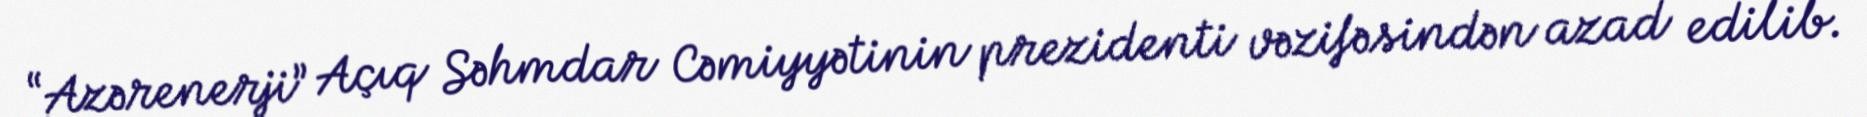
“Azərenerji” Açıq Səhmdar Cəmiyyətinin prezidenti vəzifəsindən azad edilib.